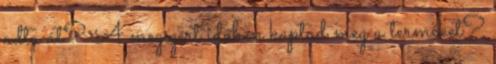
adta át? A megígért időben kaptad meg a terméket?